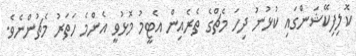
ކޮލިފިކޭޝަންގައި ކުޅުނު ދިހަ މެޗްގެ ތެރެއިން އެޓީމު މޮޅުވީ އެންމެ ހަތަރު މެޗުންނެވެ.